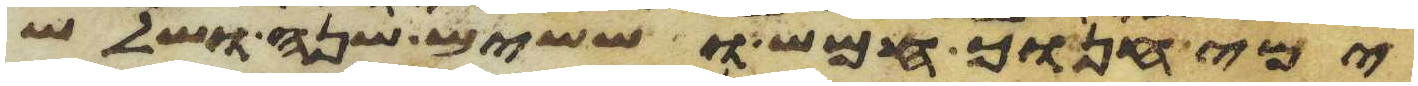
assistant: ימי חנוך חמש וששים שנה ושלש